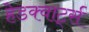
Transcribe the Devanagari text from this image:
हेडक्वार्ट्स